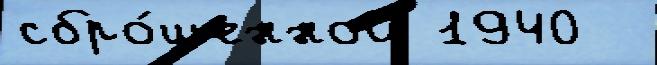
сбро́шенной 1940